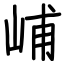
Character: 峬